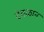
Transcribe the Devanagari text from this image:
देवळान